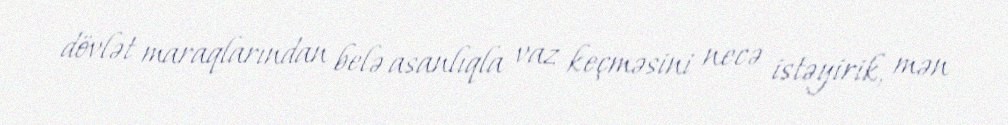
dövlət maraqlarından belə asanlıqla vaz keçməsini necə istəyirik, mən